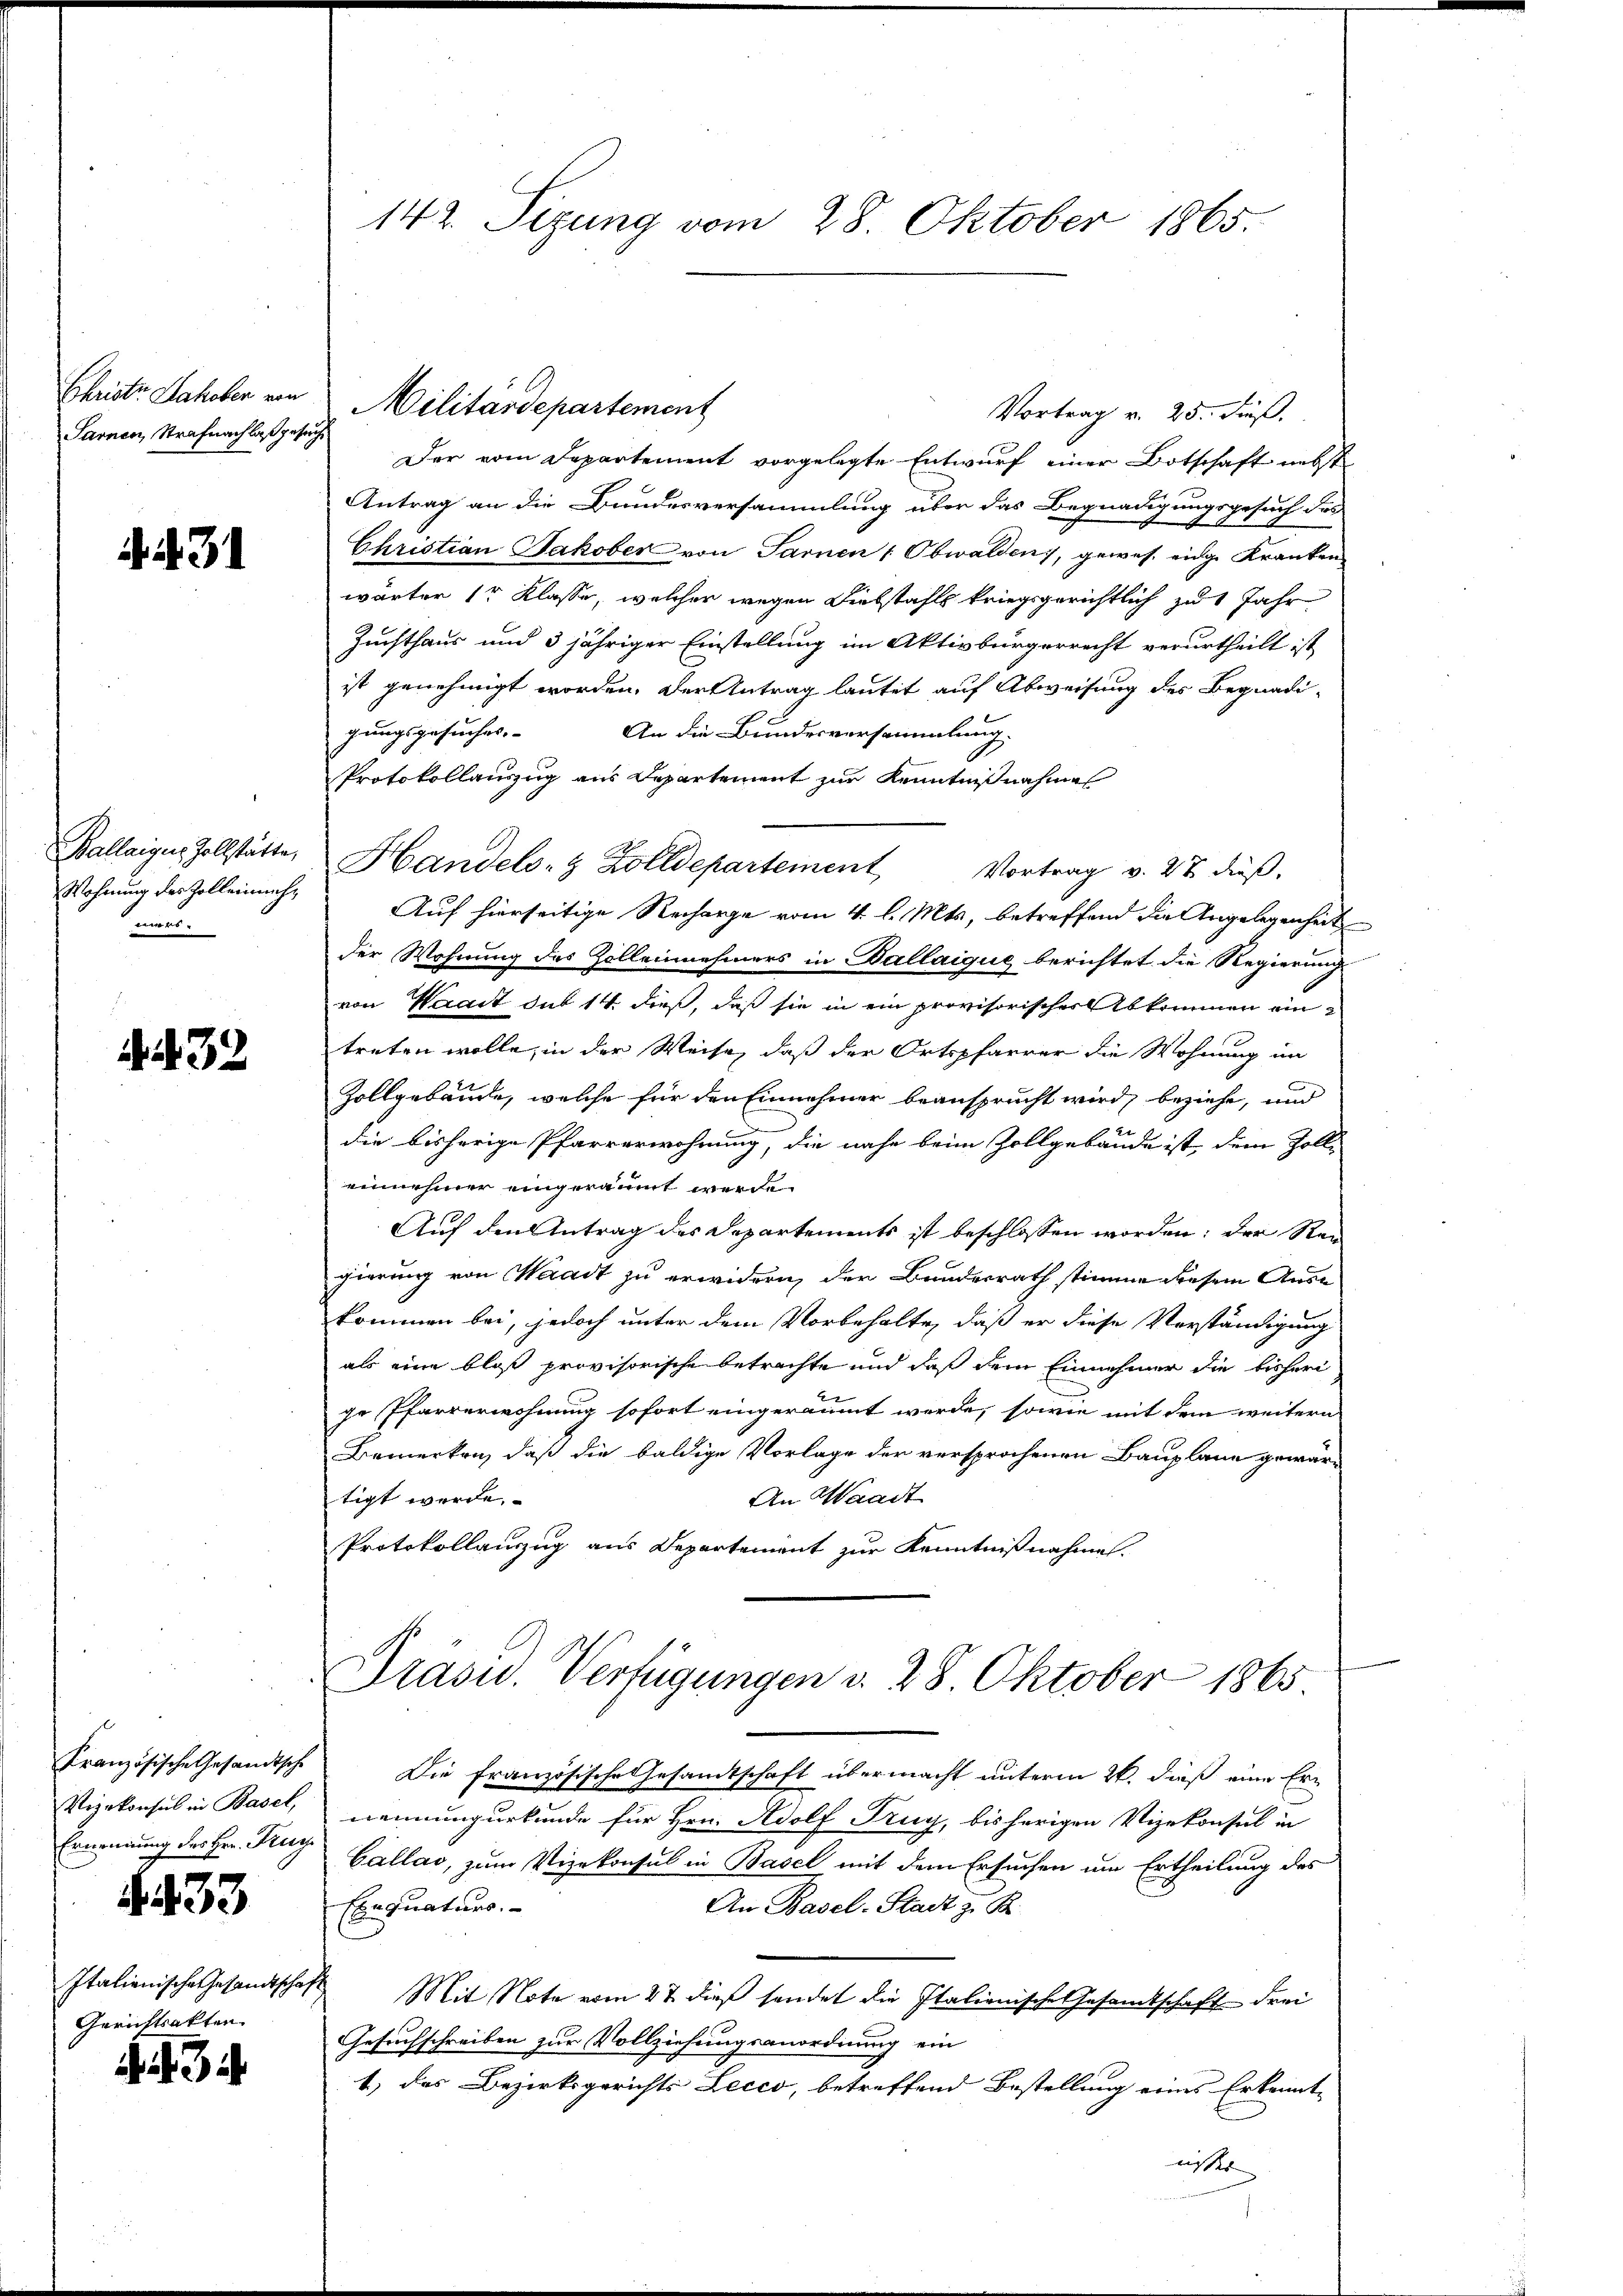
Sarnen, Strafnachlaß gesuch

4. 431

Wohnung des Zollenmachmers.

R. 32

Vizekonsul in Basel,
Ernennung des Hrn. Kug

.433

Italienische Gesandtscha
Gerichtsakten.

142. Sizung vom 28. Oktober 1865.

Vortrag v. 25. dieß.
Der vom Departement vorgelegte Entwurf einer Botschaft nebst
Antrag an die Bundesversammlung über das Begnadigungsgesuch des
Christian Jakober von Sarnen (Obwalden, gewes. eidge Kranken,
wärter 1r Klasse, welcher wegen Diebstahls kriegsgerichtlich zu 1 Jahr
Zuchthaus und 3 jähriger Einstellung im Aktivbürgerrecht verurtheilt ist
ist genehmigt worden. Der Antrag lautet auf Abweisung des Begnadigungsgesuches. |
An die Bundesversammlung.
Protokollanzug aus Departement zur Kenntnißnahme
Ballaigus Zollstätte, Handels- & Zolldepartement Vortrag v. 27 dieß.
Auf hierseitige Recharge vom 4. l. Mts., betreffend die Angelegenheit
der Wohnung des Zolleinehmers in Ballaique berichtet die Regierung
von Waadt das 14 dieß, daß sie in ein provisorischer Abkommen ein
treten wolle, in der Weise, daß der Ortspfarrer die Wohnung im
Zollgebäude, welche für den Einnehmer beansprucht wird, beziehe, und
t
die bisherige Pfarrerwohnung, die nahe beim Zollgebäude ist, dem Zolle
einnehmer eingeräumt werde.
Auf den Antrag des Departements ist beschlossen worden; der Rei
gierung von Waadt zu erwidern, der Bundesrath stimme diesem Ause
kommen bei, jedoch unter dem Vorbehalte, daß er diese Verständigung
als eine bloß provisorische betrachte und daß dem Einnehmer die bisheri
ge Pfarrerwohnung sofort eingeräumt werde, sowie mit dem weitern
Bemerken, daß die baldige Vorlage der versprochenen Bauplane gewär¬
An Waadt
tigt werde.
Protokollanzug aus Departement zur Kenntnißnahme.
Präsid. Verfügungen d. 28. Oktober 1865.
Französische Gesandtsch. Die französische Gesamtschaft übermacht unterm 26. dieß eine Ernennungurkunde für Hrn. Adolf Fug, bisherigen Vizekonsul in
Cállao, zum Vizekonsul in Basel mit dem Ersuchen um Ertheilung des
Exequaturs.
An Basel-Stadt zu B
.
Mit Note vom 27. dieß sendet die Italienische Gesamtschaft Frei
Gesuchschreiben zur Vollziehungsanordnung ein
1) das Bezirksgerichts Lecco, betreffend Bestellung eines Erkennte
nisser

Christe Jakober von Militärdepartement